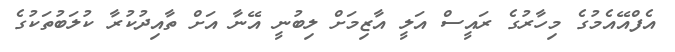
އެފްއޭއެމުގެ މިހާރުގެ ރައީސް އަލީ އާޒިމަށް ލިބުނީ އޭނާ އަށް ތާއިދުކުރާ ކުލަބުތަކުގެ